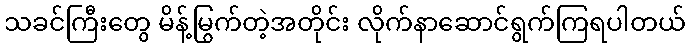
သခင်ကြီးတွေ မိန့်မြွက်တဲ့အတိုင်း လိုက်နာဆောင်ရွက်ကြရပါတယ်